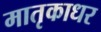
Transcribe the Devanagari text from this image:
मातृकाधर